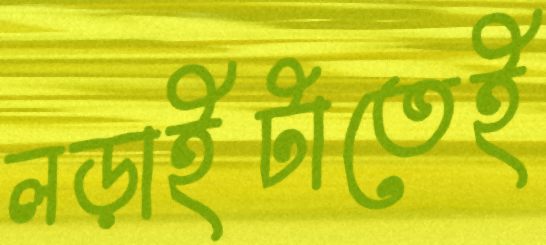
লড়াইটাতেই